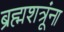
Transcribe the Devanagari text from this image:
ब्रह्मशत्रूंना